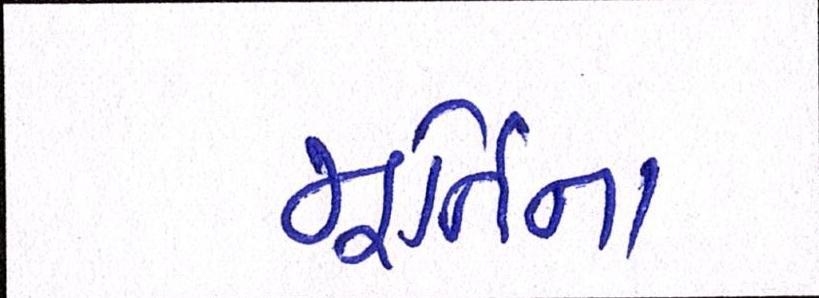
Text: મૂર્તિના